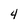
Character: 4